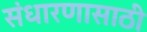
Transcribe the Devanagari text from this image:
संधारणासाठी